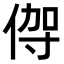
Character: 𬾦